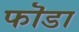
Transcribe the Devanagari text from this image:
फॊडा